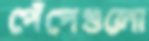
পেঁপেগুলো